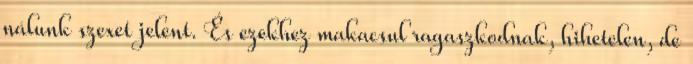
nálunk szexet jelent. És ezekhez makacsul ragaszkodnak, hihetelen, de